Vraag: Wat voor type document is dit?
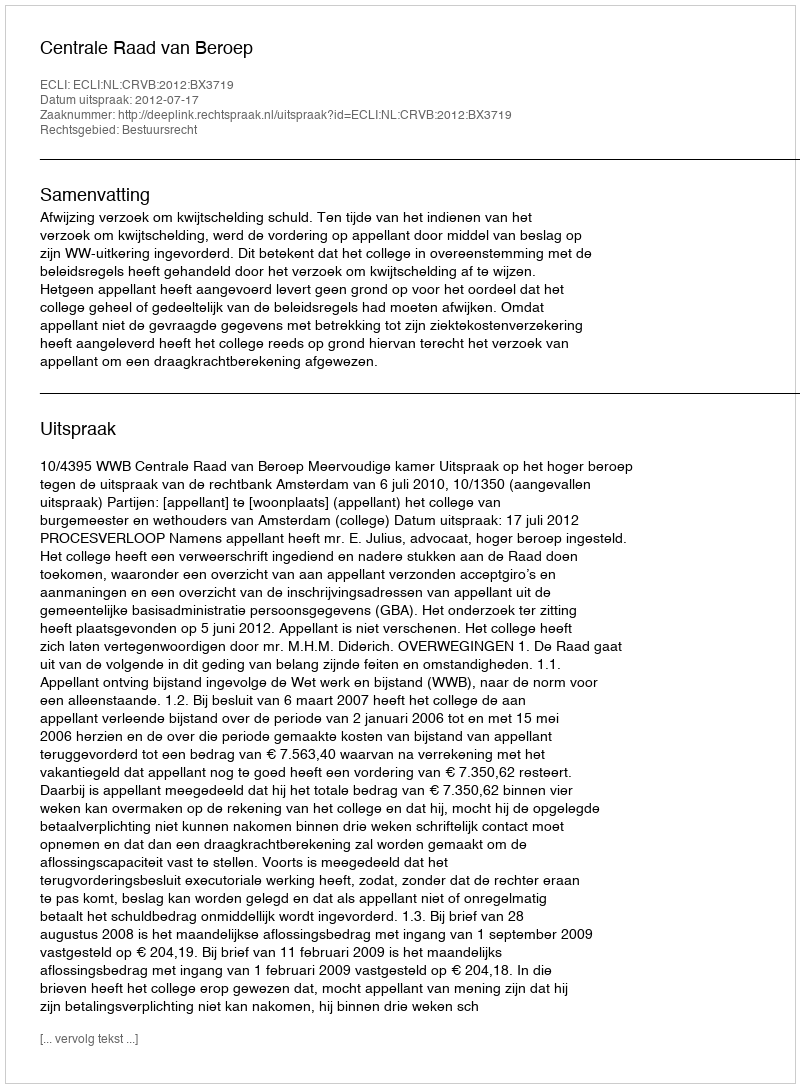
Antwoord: Uitspraak